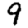
Digit: 9